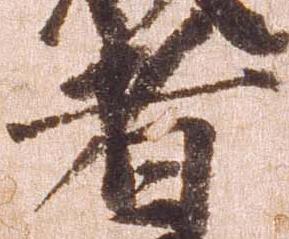
者